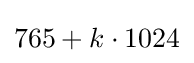
765+k\cdot 1024